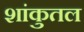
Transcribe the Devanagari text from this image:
शांकुतल